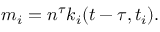
m _ { i } = n ^ { \tau } k _ { i } ( t - \tau , t _ { i } ) .